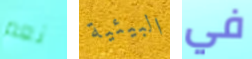
نعم البيئية في